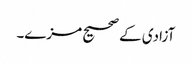
آزادی کے صحیح مزے۔